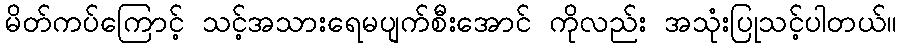
မိတ်ကပ်ကြောင့် သင့်အသားရေမပျက်စီးအောင် ကိုလည်း အသုံးပြုသင့်ပါတယ်။